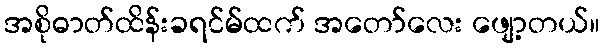
အစိုဓာတ်ထိန်းခရင်မ်ထက် အတော်လေး ဖျော့တယ်။